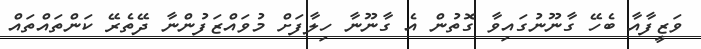
ވަޒީފާއާ ބެހޭ ގާނޫނުގައިވާ ގޮތުން އެ ގާނޫނާ ހިލާފަށް މުވައްޒަފުންނާ ދޭތެރޭ ކަންތައްތައް